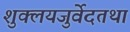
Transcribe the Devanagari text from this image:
शुक्लयजुर्वेदतथा